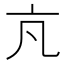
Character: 𪜠